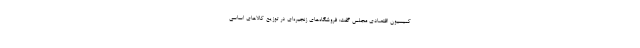
کمیسیون اقتصادی مجلس گفت: فروشگاه‌های زنجیره‌ای در توزیع کالاهای اساسی